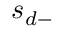
s _ { d - }